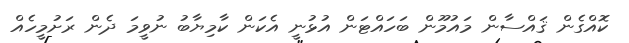
ކޮއްގެން ޤައްސާން މައުމޫން ބަހައްޓަން އުޅުނީ އެކަން ކާމިޔާބު ނުވީމަ ދެން ރަށުމީހެއް